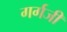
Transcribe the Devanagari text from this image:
गर्गजी